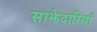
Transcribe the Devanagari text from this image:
साझेदारियाँ